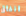
انفاق